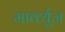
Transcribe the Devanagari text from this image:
मार्क्युज